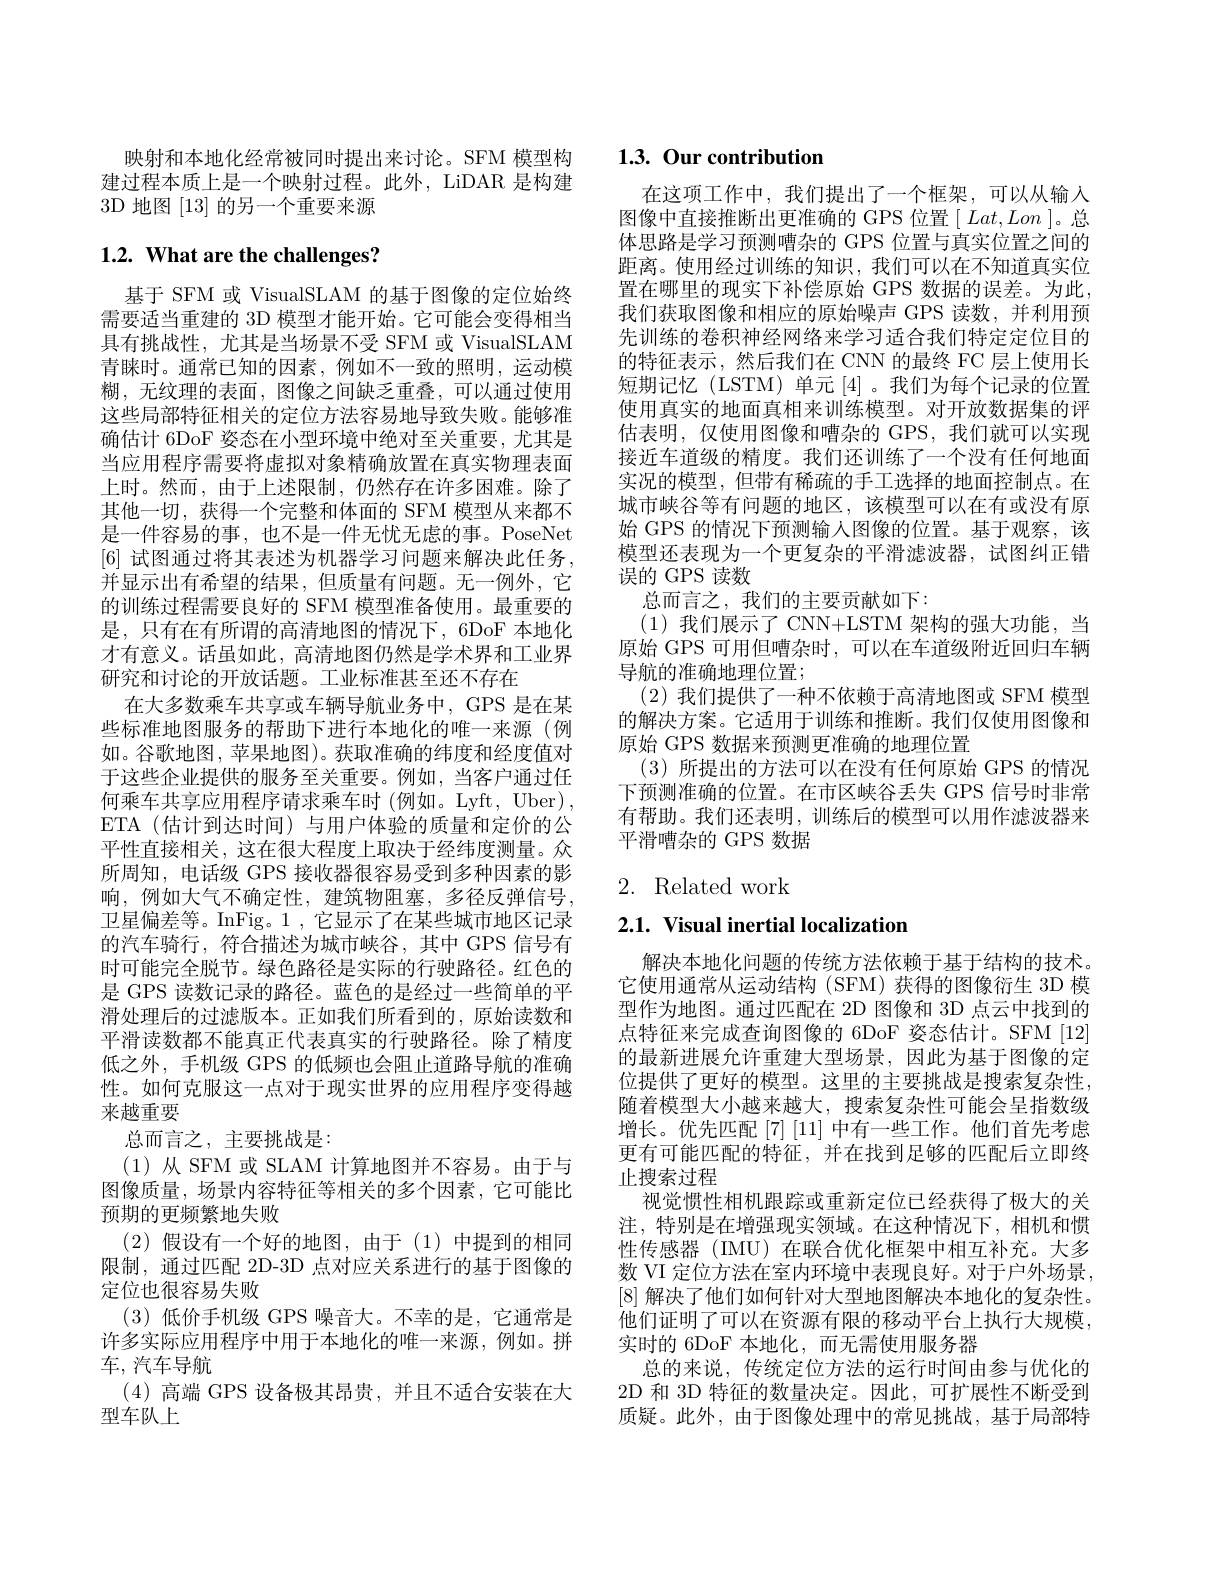
映射和本地化经常被同时提出来讨论。SFM 模型构建过程本质上是一个映射过程。此外，LiDAR 是构建3D 地图[13]的另一个重要来源

# 1.2. What are the challenges?

基于 SFM 或 VisualSLAM 的基于图像的定位始终需要适当重建的 3D 模型才能开始。它可能会变得相当具有挑战性，尤其是当场景不受 SFM 或 VisualSLAM 青睐时。通常已知的因素，例如不一致的照明，运动模糊，无纹理的表面，图像之间缺乏重叠，可以通过使用这些局部特征相关的定位方法容易地导致失败。能够准确估计 6DoF 姿态在小型环境中绝对至关重要，尤其是当应用程序需要将虚拟对象精确放置在真实物理表面上时。然而，由于上述限制，仍然存在许多困难。除了其他一切，获得一个完整和体面的 SFM 模型从来都不是一件容易的事，也不是一件无忧无虑的事。PoseNet [6] 试图通过将其表述为机器学习问题来解决此任务， 并显示出有希望的结果，但质量有问题。无一例外，它的训练过程需要良好的 SFM 模型准备使用。最重要的是，只有在有所谓的高清地图的情况下，6DoF 本地化才有意义。话虽如此，高清地图仍然是学术界和工业界研究和讨论的开放话题。工业标准甚至还不存在
在大多数乘车共享或车辆导航业务中，GPS 是在某些标准地图服务的帮助下进行本地化的唯一来源(例如。谷歌地图，苹果地图)。获取准确的纬度和经度值对于这些企业提供的服务至关重要。例如，当客户通过任何乘车共享应用程序请求乘车时 (例如。Lyft, Uber) , ETA (估计到达时间)与用户体验的质量和定价的公平性直接相关，这在很大程度上取决于经纬度测量。众所周知，电话级 GPS 接收器很容易受到多种因素的影响，例如大气不确定性，建筑物阻塞，多径反弹信号， 卫星偏差等。InFig。1 ,它显示了在某些城市地区记录的汽车骑行，符合描述为城市峡谷，其中 GPS 信号有时可能完全脱节。绿色路径是实际的行驶路径。红色的是 GPS 读数记录的路径。蓝色的是经过一些简单的平滑处理后的过滤版本。正如我们所看到的，原始读数和平滑读数都不能真正代表真实的行驶路径。除了精度低之外，手机级 GPS 的低频也会阻止道路导航的准确性。如何克服这一点对于现实世界的应用程序变得越来越重要
总而言之，主要挑战是：
(1)从 SFM 或 SLAM 计算地图并不容易。由于与图像质量，场景内容特征等相关的多个因素，它可能比预期的更频繁地失败
(2)假设有一个好的地图，由于(1)中提到的相同限制，通过匹配 2D-3D 点对应关系进行的基于图像的定位也很容易失败
(3)低价手机级 GPS 噪音大。不幸的是，它通常是许多实际应用程序中用于本地化的唯一来源，例如。拼车，汽车导航
(4)高端 GPS 设备极其昂贵，并且不适合安装在大
型车队上

# 1.3. Our contribution

在这项工作中，我们提出了一个框架，可以从输入图像中直接推断出更准确的 GPS 位置$[Lat,Lon]$。总体思路是学习预测嘈杂的 GPS 位置与真实位置之间的距离。使用经过训练的知识，我们可以在不知道真实位置在哪里的现实下补偿原始 GPS 数据的误差。为此， 我们获取图像和相应的原始噪声 GPS 读数，并利用预先训练的卷积神经网络来学习适合我们特定定位目的的特征表示，然后我们在 CNN 的最终 FC 层上使用长短期记忆(LSTM)单元[4]。我们为每个记录的位置使用真实的地面真相来训练模型。对开放数据集的评估表明，仅使用图像和嘈杂的 GPS,我们就可以实现接近车道级的精度。我们还训练了一个没有任何地面实况的模型，但带有稀疏的手工选择的地面控制点。在城市峡谷等有问题的地区，该模型可以在有或没有原始 GPS 的情况下预测输入图像的位置。基于观察，该模型还表现为一个更复杂的平滑滤波器，试图纠正错误的 GPS 读数
总而言之，我们的主要贡献如下：
(1)我们展示了 CNN+LSTM 架构的强大功能，当原始 GPS 可用但嘈杂时，可以在车道级附近回归车辆导航的准确地理位置；
(2)我们提供了一种不依赖于高清地图或 SFM 模型的解决方案。它适用于训练和推断。我们仅使用图像和原始 GPS 数据来预测更准确的地理位置
(3)所提出的方法可以在没有任何原始 GPS 的情况下预测准确的位置。在市区峡谷丢失 GPS 信号时非常有帮助。我们还表明，训练后的模型可以用作滤波器来平滑嘈杂的 GPS 数据

# 2. Related work

# 2.1. Visual inertial localization

解决本地化问题的传统方法依赖于基于结构的技术。它使用通常从运动结构 (SFM) 获得的图像衍生 3D 模型作为地图。通过匹配在 2D 图像和 3D 点云中找到的点特征来完成查询图像的 6DoF 姿态估计。SFM[12] 的最新进展允许重建大型场景，因此为基于图像的定位提供了更好的模型。这里的主要挑战是搜索复杂性， 随着模型大小越来越大，搜索复杂性可能会呈指数级增长。优先匹配[7][11]中有一些工作。他们首先考虑更有可能匹配的特征，并在找到足够的匹配后立即终止搜索过程
视觉惯性相机跟踪或重新定位已经获得了极大的关注，特别是在增强现实领域。在这种情况下，相机和惯性传感器 (IMU)在联合优化框架中相互补充。大多数 VI 定位方法在室内环境中表现良好。对于户外场景， [8]解决了他们如何针对大型地图解决本地化的复杂性。他们证明了可以在资源有限的移动平台上执行大规模， 实时的 6DoF 本地化，而无需使用服务器
总的来说，传统定位方法的运行时间由参与优化的2D 和 3D 特征的数量决定。因此，可扩展性不断受到质疑。此外，由于图像处理中的常见挑战，基于局部特